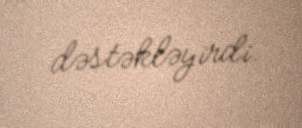
dəstəkləyirdi.